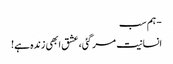
- ہم سب
انسانیت مر گئی، عشق ابھی زندہ ہے!